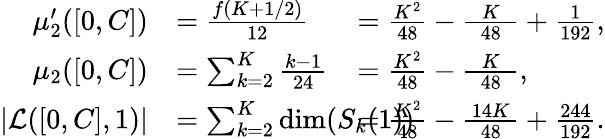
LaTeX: \begin{array}{rlrl}{\mu_{2}^{\prime}([0,C])}&{=\frac{f(K+1/2)}{12}\! \! \! \! \! }&&{\! \! \! \! \! \! \! \! \! \! \! \! \! \! =\frac{K^{2}}{48}-\frac{K}{\; \, 48\, \; }+\frac{1}{192},}\\ {\mu_{2}([0,C])}&{=\sum_{k=2}^{K}\frac{k-1}{24}\! \! \! \! \! }&&{\! \! \! \! \! \! \! \! \! \! \! \! \! \! =\frac{K^{2}}{48}-\frac{K}{\, \; 48\; \, },}\\ {|{\mathcal{L}}([0,C],1)|}&{=\sum_{k=2}^{K}\dim(S_{k}(1))\! \! \! \! \! \! \! \! \! \! }&&{\! \! \! \! \! \! \! \! \! \! \! \! \! \! =\frac{K^{2}}{48}-\frac{14K}{\, \; 48\; \, }+\frac{244}{192}.}\end{array}